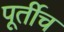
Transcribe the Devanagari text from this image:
पूर्तीच